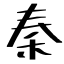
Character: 秦